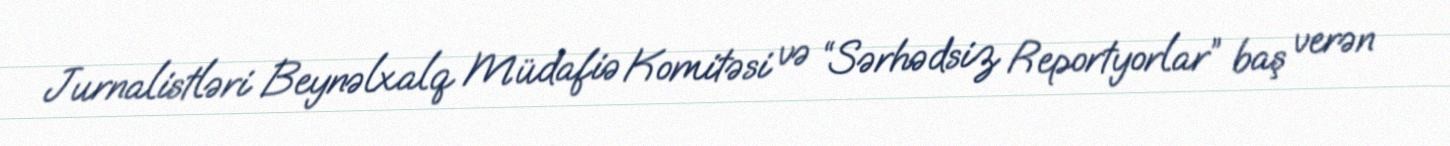
Jurnalistləri Beynəlxalq Müdafiə Komitəsi və “Sərhədsiz Reportyorlar” baş verən